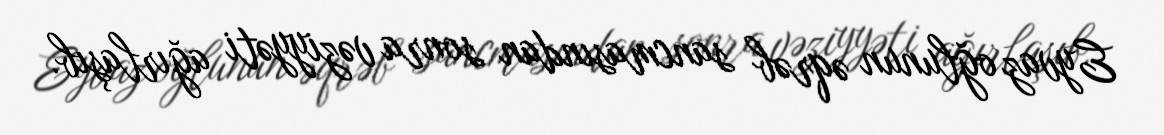
Eyvaz oğlunun əqrəb sancmasından sonra vəziyyəti ağırlaşıb.